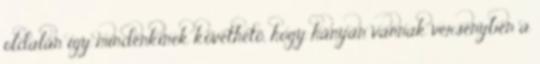
oldalán így mindenkinek követhető, hogy hányan vannak versenyben a